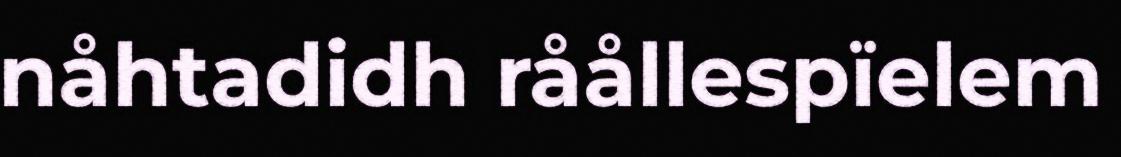
nåhtadidh råållespïelem